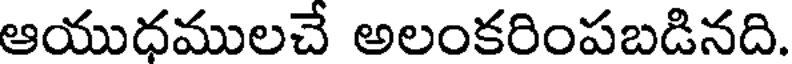
ఆయుధములచే అలంకరింపబడినది.